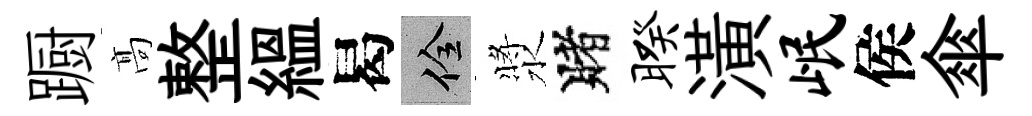
蹰髙整緼曷佺漿賭暌潢岷侯傘